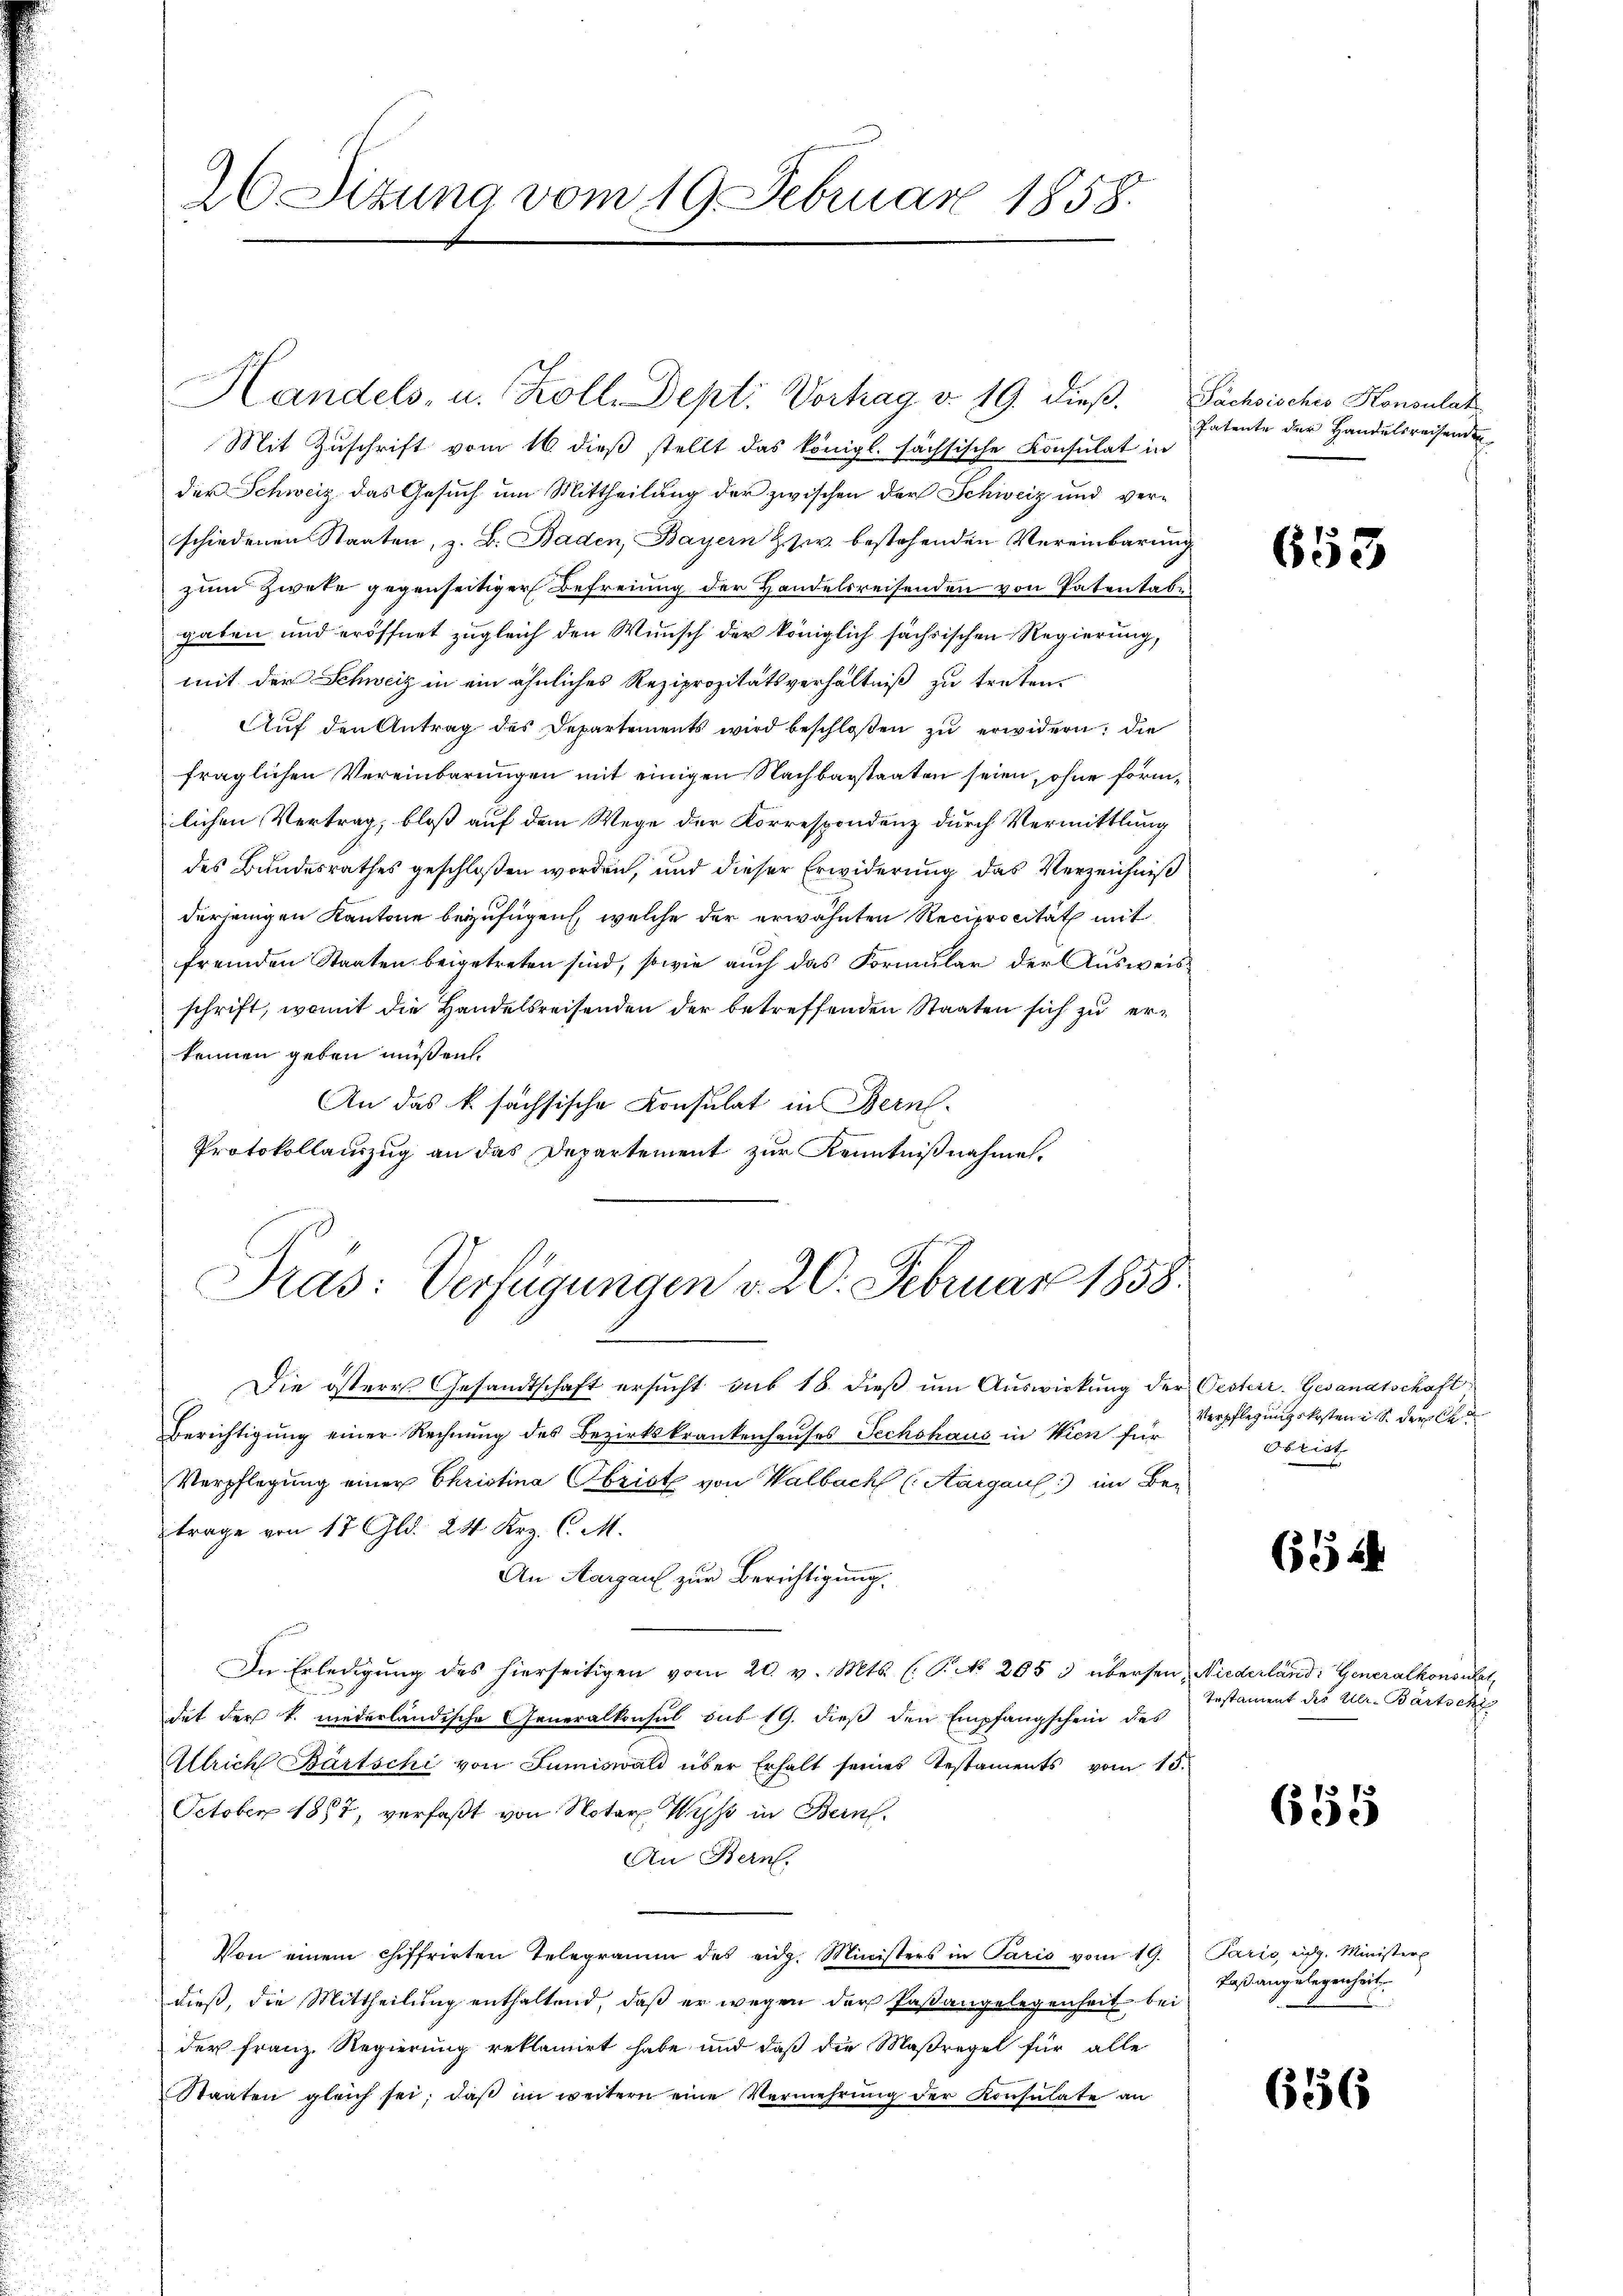
26 Sizung vom 19. Februar 1858.

Handels- u. Kolle Dept. Vortrag v. 19. dieß. Sächsisches Konsulat
Mit Zuschrift vom 16. dieß stellt das königl. sächsische Konsulat in
der Schweiz das Gesuch um Mittheilung der zwischen der Schweiz und verschiedenen Staaten, z. B. Baden, Bayern Hzw. bestehenden Vereinbarung
zum Zwete gegenseitiger Befreiung der Handelsreisenden von Patentabe
gaben und eröffnet zugleich den Wunsch der königlich sächsischen Regierung,
mit der Schweiz in ein ähnliches Reziprozitätsverhältniß zu treten.
Auf den Antrag des Departements wird beschloßen zu erwidern; die
fraglichen Vereinbarungen mit einigen Nachbarstaaten seien, ohne förmlichen Vertrag, bloß auf dem Wege der Korrespondenz durch Vermittlung
des Bundesrathes geschloßen worden, und dieser Erwiderung das Verzeichniß
derjenigen Kantone beizufügen, welche der erwähnten Reciprocität mit
fremden Staaten beigetreten sind, sowie auch das Formular der Ausweis
schrift, womit die Handelsreisenden der betreffenden Staaten sich zu erkennen geben müßen.
An das k. sächsische Konsulat in Bern.
Protokollauszug an das Departement zur Kenntnißnahmen,

Die österes Gesandtschaft ersucht sub 18. dieβ ŭm Aŭswirkung der Oesterr. Gesandtschaft
Berichtigung einer Rechnung des Bezirkskrankenhauses Sechshaus in Wien für
Verpflegung einer Christina Obrist von Walbach (Aargau) im Be-
trage von 17 Gld. 24. Krz. C. M.
An Aargau zur Berichtigung.
In Erledigŭng des hierseitigen vom 20. v. Mts. (T. No 205 : übersen, Niederland: Generalkonsuchet,
dat der k. niederländische Generalkonsul sub 19. dieß den Empfangschein des
Allrich Bartschi von Sumiswald über Erhalt seines Testaments vom 15.
October 1857, verfaßt von Notar Wyss in Bern.
An Bern.
Von einem chiffrirten Telegramm des eidg. Ministers in Paris vom 19.
dieß, die Mittheilung enthaltend, daß er wegen der Paßangelegenheit bei
der Franz. Regierung reklamirt habe, und daß die Maßregel für alle
Staaten gleich sei, daβ im weitern eine Vermehrŭng der Konsulate an

Pras: Verfügungen v. 26. Februar 1858.

Patente der Handelsreisenden

653

Verpflegungskosten ist der A
Obrist

65.

Testament des Ulr. Bartschi

655

Paris eidg. Minister
Paßangelegenheit.

656